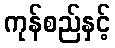
ကုန်စည်နှင့်